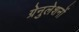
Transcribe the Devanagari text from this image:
ग्रेनुलेशनों